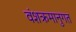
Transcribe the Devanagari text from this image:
वंशक्रमानुगत